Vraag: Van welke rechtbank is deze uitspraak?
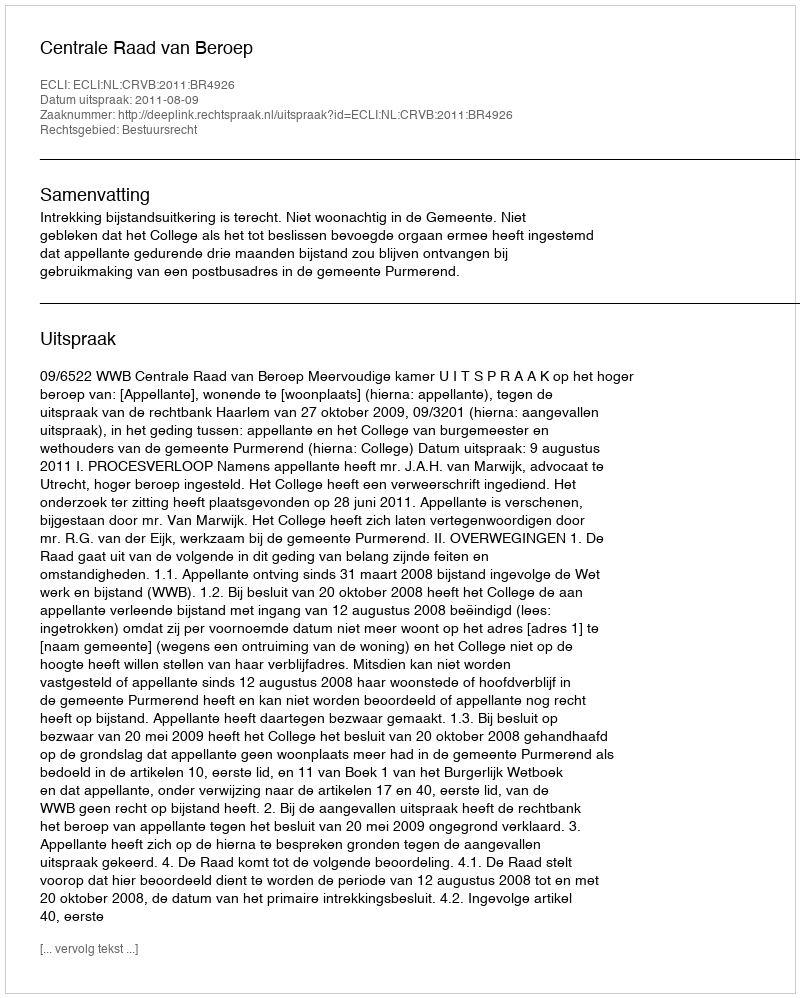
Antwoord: Centrale Raad van Beroep